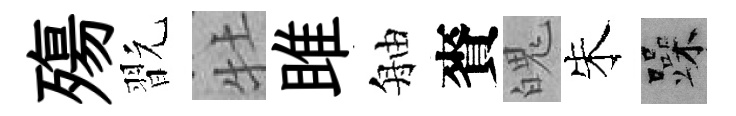
殤翫牡雎舳賚魄朱躁